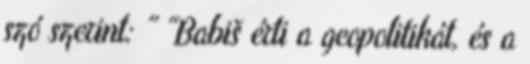
szó szerint: ” “Babiš érti a geopolitikát, és a